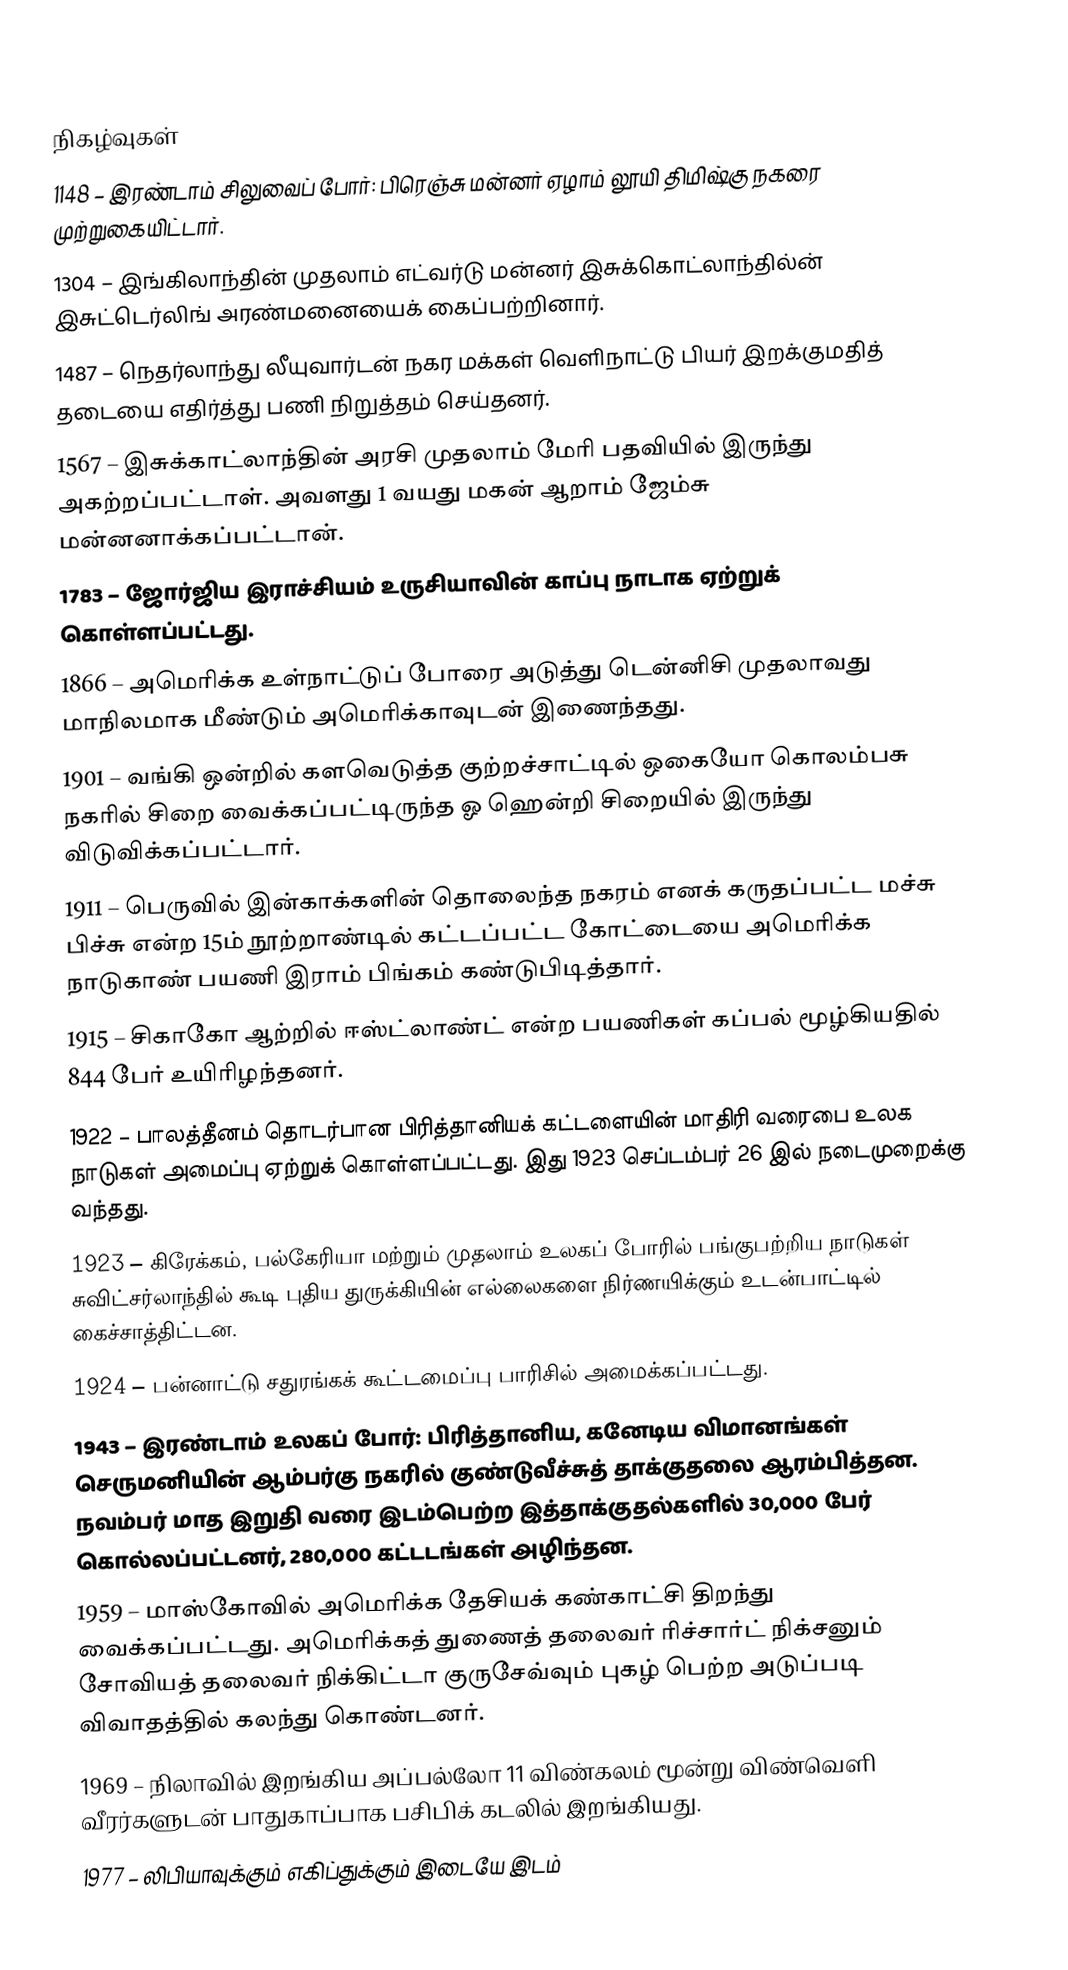

நிகழ்வுகள்
1148 – இரண்டாம் சிலுவைப் போர்: பிரெஞ்சு மன்னர் ஏழாம் லூயி திமிஷ்கு நகரை முற்றுகையிட்டார்.
1304 – இங்கிலாந்தின் முதலாம் எட்வர்டு மன்னர் இசுக்கொட்லாந்தில்ன் இசுட்டெர்லிங் அரண்மனையைக் கைப்பற்றினார்.
1487 – நெதர்லாந்து லீயுவார்டன் நகர மக்கள் வெளிநாட்டு பியர் இறக்குமதித் தடையை எதிர்த்து பணி நிறுத்தம் செய்தனர்.
1567 – இசுக்காட்லாந்தின் அரசி முதலாம் மேரி பதவியில் இருந்து அகற்றப்பட்டாள். அவளது 1 வயது மகன் ஆறாம் ஜேம்சு மன்னனாக்கப்பட்டான்.
1783 – ஜோர்ஜிய இராச்சியம் உருசியாவின் காப்பு நாடாக ஏற்றுக் கொள்ளப்பட்டது.
1866 – அமெரிக்க உள்நாட்டுப் போரை அடுத்து டென்னிசி முதலாவது மாநிலமாக மீண்டும் அமெரிக்காவுடன் இணைந்தது.
1901 – வங்கி ஒன்றில் களவெடுத்த குற்றச்சாட்டில் ஒகையோ கொலம்பசு நகரில் சிறை வைக்கப்பட்டிருந்த ஓ ஹென்றி சிறையில் இருந்து விடுவிக்கப்பட்டார்.
1911 – பெருவில் இன்காக்களின் தொலைந்த நகரம் எனக் கருதப்பட்ட மச்சு பிச்சு என்ற 15ம் நூற்றாண்டில் கட்டப்பட்ட கோட்டையை அமெரிக்க நாடுகாண் பயணி இராம் பிங்கம் கண்டுபிடித்தார்.
1915 – சிகாகோ ஆற்றில் ஈஸ்ட்லாண்ட் என்ற பயணிகள் கப்பல் மூழ்கியதில் 844 பேர் உயிரிழந்தனர்.
1922 – பாலத்தீனம் தொடர்பான பிரித்தானியக் கட்டளையின் மாதிரி வரைபை உலக நாடுகள் அமைப்பு ஏற்றுக் கொள்ளப்பட்டது. இது 1923 செப்டம்பர் 26 இல் நடைமுறைக்கு வந்தது.
1923 – கிரேக்கம், பல்கேரியா மற்றும் முதலாம் உலகப் போரில் பங்குபற்றிய நாடுகள்  சுவிட்சர்லாந்தில் கூடி புதிய துருக்கியின் எல்லைகளை நிர்ணயிக்கும் உடன்பாட்டில் கைச்சாத்திட்டன.
1924 – பன்னாட்டு சதுரங்கக் கூட்டமைப்பு பாரிசில் அமைக்கப்பட்டது.
1943 – இரண்டாம் உலகப் போர்: பிரித்தானிய, கனேடிய விமானங்கள் செருமனியின் ஆம்பர்கு நகரில் குண்டுவீச்சுத் தாக்குதலை ஆரம்பித்தன. நவம்பர் மாத இறுதி வரை இடம்பெற்ற இத்தாக்குதல்களில் 30,000 பேர் கொல்லப்பட்டனர், 280,000 கட்டடங்கள் அழிந்தன.
1959 – மாஸ்கோவில் அமெரிக்க தேசியக் கண்காட்சி திறந்து வைக்கப்பட்டது. அமெரிக்கத் துணைத் தலைவர் ரிச்சார்ட் நிக்சனும் சோவியத் தலைவர் நிக்கிட்டா குருசேவ்வும் புகழ் பெற்ற அடுப்படி விவாதத்தில் கலந்து கொண்டனர்.
1969 – நிலாவில் இறங்கிய அப்பல்லோ 11 விண்கலம் மூன்று விண்வெளி வீரர்களுடன் பாதுகாப்பாக பசிபிக் கடலில் இறங்கியது.
1977 – லிபியாவுக்கும் எகிப்துக்கும் இடையே இடம்